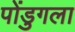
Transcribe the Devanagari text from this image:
पोंडुगला